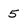
Character: 5